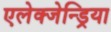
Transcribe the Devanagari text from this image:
एलेक्जेन्ड्रिया